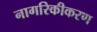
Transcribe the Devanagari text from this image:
नागरिकीकरण